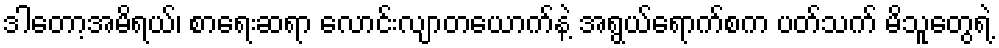
ဒါတော့အမိရယ်၊ စာရေးဆရာ လောင်းလျာတယောက်နဲ့ အရွယ်ရောက်စက ပတ်သက် မိသူတွေရဲ့